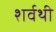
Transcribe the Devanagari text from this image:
शर्वथी